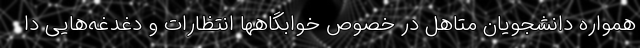
همواره دانشجویان متاهل در خصوص خوابگاهها انتظارات و دغدغه‌هایی دا